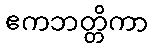
ဧကဘတ္တိကာ